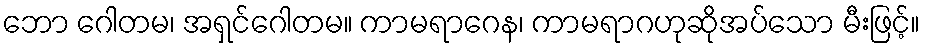
ဘော ဂေါတမ၊ အရှင်ဂေါတမ။ ကာမရာဂေန၊ ကာမရာဂဟုဆိုအပ်သော မီးဖြင့်။